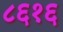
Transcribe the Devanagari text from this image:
८६१६